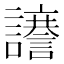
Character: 𮙆